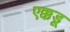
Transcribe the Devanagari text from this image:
एक्कडू